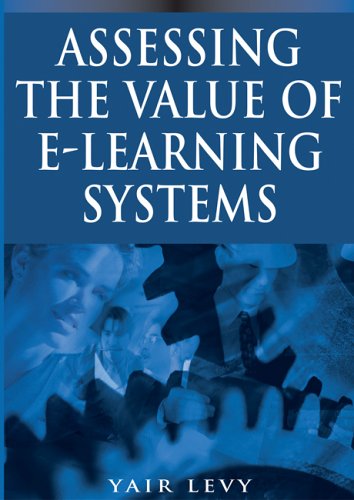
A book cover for Assessing the Value of E-learning Systems; Yair Levy; Computers & Technology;